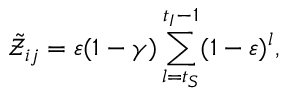
\tilde { \mathcal { Z } } _ { i j } = \varepsilon ( 1 - \gamma ) \sum _ { l = t _ { S } } ^ { t _ { I } - 1 } ( 1 - \varepsilon ) ^ { l } ,